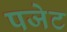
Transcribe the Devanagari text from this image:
पजेट